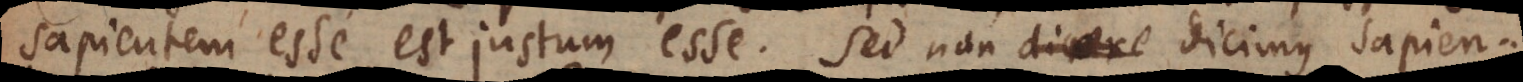
sapientem esse est justum esse. Sed non dicimus sapien